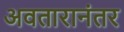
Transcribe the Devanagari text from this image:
अवतारानंतर